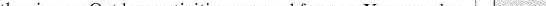
the rivers…Outdoor activities are good for you. You can also kid.